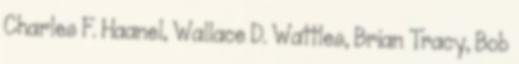
Charles F. Haanel, Wallace D. Wattles, Brian Tracy, Bob